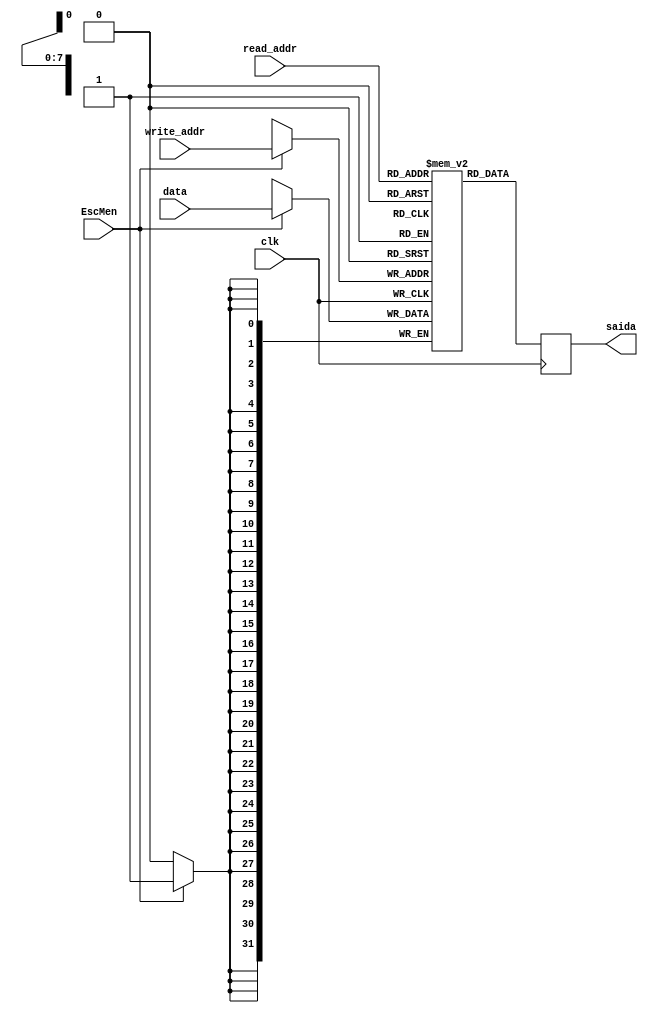
// Quartus Prime Verilog Template
// Simple Dual Port RAM with separate read/write addresses and
// single read/write clock

module memoriaDePrograma(data, saida, write_addr, read_addr, EscMen, clk);
parameter DATA_WIDTH=32, ADDR_WIDTH=8;


input [(DATA_WIDTH-1):0] data;
input [(ADDR_WIDTH-1):0] read_addr, write_addr;
input EscMen, clk;
output reg [(DATA_WIDTH-1):0] saida;

// Declare the RAM variable
reg [DATA_WIDTH-1:0] ram[2**ADDR_WIDTH-1:0];

initial
begin
	//$readmemb("memoriaDePrograma.txt", ram);
	//programa de teste
	/*ram[0] = 32'b0;
	ram[1] = {6'b111111, 5'd5, 5'd3, 5'd1, 11'b0};
	ram[2] = {6'b111111, 5'd6, 5'd4, 5'd2, 11'b0};
	ram[3] = {6'b111111, 5'd12, 5'd4, 5'd3, 11'b1};
	ram[4] = {6'b111111, 5'd7, 5'd6, 5'd5, 11'b0};
	ram[5] = {6'b111111, 5'd7, 5'd7, 5'd7, 11'b10000};
	ram[6] = {6'b111111, 5'd8, 5'd5, 5'd6, 11'd1};
	ram[7] = 32'b0;
	ram[8] = {6'b111111, 5'd1, 5'd3, 5'd0, 11'b11011};
	ram[9] = 32'b0;
	ram[10] = {6'b110001, 26'd50 };
	ram[50] = {6'b100000, 5'd7, 21'd12 };
	ram[51] = 32'b0;
	ram[52] = {6'b100100, 5'd13, 21'd12 };
	ram[53] = {6'b111111, 5'd14, 5'd13, 5'd3, 11'b0};
	ram[54] = {6'b000000, 5'd15, 5'd14, 16'd3};
	ram[55] = 32'b0;*/
ram[0] = 32'b11110000001000000000000000000000;
ram[1] = 32'b10000000001000000000000000001100;
ram[2] = 32'b11110000001000000000000000000000;
ram[3] = 32'b10000000001000000000000000010000;
ram[4] = 32'b10010000001000000000000000001100;
ram[5] = 32'b11111100010000010000000000010000;
ram[6] = 32'b10010000001000000000000000010000;
ram[7] = 32'b11111100011000010000000000010000;
ram[8] = 32'b11111100100000100001100000000000;
ram[9] = 32'b11110100100000000000000000000000;
ram[10] = 32'b11111100101000100001100000000001;
ram[11] = 32'b11110100101000000000000000000000;
ram[12] = 32'b11111100110000100001100000000010;
ram[13] = 32'b11110100110000000000000000000000;
ram[14] = 32'b11111100111000100001100000000011;
ram[15] = 32'b11110100111000000000000000000000;
ram[16] = 32'b11111101000000100001100000000100;
ram[17] = 32'b11110101000000000000000000000000;
ram[18] = 32'b11111101001000100001100000000101;
ram[19] = 32'b11110101001000000000000000000000;
ram[20] = 32'b11111101010000100001100000000110;
ram[21] = 32'b11110101010000000000000000000000;
ram[22] = 32'b11111101011000100001100000000111;
ram[23] = 32'b11110101011000000000000000000000;
ram[24] = 32'b11111101100000100001100000001000;
ram[25] = 32'b11110101100000000000000000000000;
ram[26] = 32'b11111101101000100001100000001001;
ram[27] = 32'b11110101101000000000000000000000;
ram[28] = 32'b11111101110000100001100000001010;
ram[29] = 32'b11110101110000000000000000000000;
ram[30] = 32'b11111101111000100001100000001011;
ram[31] = 32'b11110101111000000000000000000000;
ram[32] = 32'b11111110000000100001100000001100;
ram[33] = 32'b11110110000000000000000000000000;
ram[34] = 32'b11111110001000100001100000001101;
ram[35] = 32'b11110110001000000000000000000000;
ram[36] = 32'b11111110010000100001100000001110;
ram[37] = 32'b11110110010000000000000000000000;
ram[38] = 32'b11111110011000100001100000001111;
ram[39] = 32'b11110110011000000000000000000000;
ram[40] = 32'b11111110100000100000000000010000;
ram[41] = 32'b11110110100000000000000000000000;
ram[42] = 32'b11111110101000110000000000010001;
ram[43] = 32'b11110110101000000000000000000000;
ram[44] = 32'b11111100010000110000000000010010;
ram[45] = 32'b11111110110000000000000000010111;
ram[46] = 32'b11110110110000000000000000000000;
ram[47] = 32'b11111100010000110000000000010011;
ram[48] = 32'b11111110111000000000000000010111;
ram[49] = 32'b11110110111000000000000000000000;

end

always @ (negedge clk)
begin
	saida = ram[read_addr];
	
	if (EscMen)
		ram[write_addr] = data;
end

endmodule